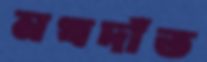
নখদাঁত